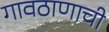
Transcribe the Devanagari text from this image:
गावठाणाची